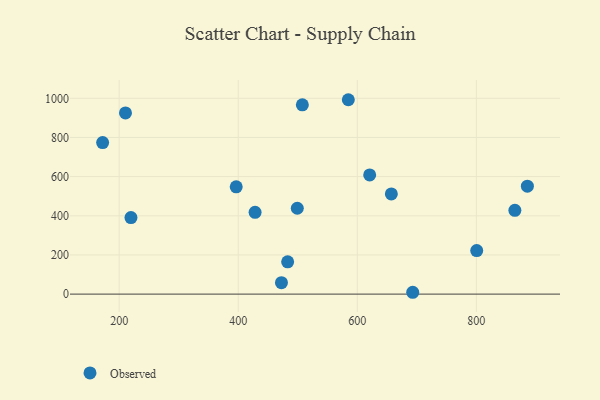
{"axis": {"x": "Investment", "y": "Sales"}, "legend": ["Observed"], "data": [{"x": "472.6", "y": 58.4, "type": "Observed"}, {"x": "693.1", "y": 9.4, "type": "Observed"}, {"x": "219.8", "y": 391.0, "type": "Observed"}, {"x": "620.8", "y": 608.7, "type": "Observed"}, {"x": "507.7", "y": 966.5, "type": "Observed"}, {"x": "210.6", "y": 925.4, "type": "Observed"}, {"x": "483.0", "y": 165.1, "type": "Observed"}, {"x": "885.7", "y": 551.4, "type": "Observed"}, {"x": "864.7", "y": 428.1, "type": "Observed"}, {"x": "800.6", "y": 222.1, "type": "Observed"}, {"x": "584.9", "y": 992.7, "type": "Observed"}, {"x": "499.2", "y": 438.5, "type": "Observed"}, {"x": "396.6", "y": 547.9, "type": "Observed"}, {"x": "172.2", "y": 773.9, "type": "Observed"}, {"x": "428.3", "y": 417.7, "type": "Observed"}, {"x": "657.2", "y": 511.5, "type": "Observed"}]}